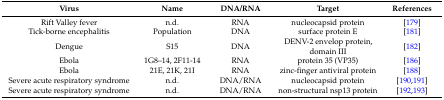
| Virus | Name | DNA/RNA | Target | References |
 | --- | --- | --- | --- | --- |
 | Rift Valley fever | n.d. | RNA | nucleocapsid protein | [179] |
 | Tick-borne encephalitis | Population | DNA | surface protein E | [181] |
 | Dengue | S15 | DNA | DENV-2 envelop protein, domain III | [182] |
 | Ebola | 1G8–14, 2F11-14 | RNA | protein 35 (VP35) | [186] |
 | Ebola | 21E, 21K, 21I | RNA | zinc-finger antiviral protein | [188] |
 | Severe acute respiratory syndrome | n.d. | DNA/RNA | nucleocapsid protein | [190,191] |
 | Severe acute respiratory syndrome | n.d. | DNA/RNA | non-structural nsp13 protein | [192,193] |